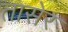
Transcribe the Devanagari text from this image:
तासेर